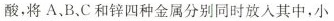
酸，将A、B、C和锌四种金属分别同时放入其中，小